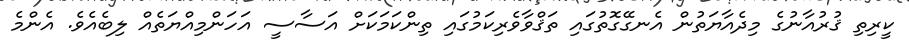
ކީރިތި ޤުރުއާނުގެ މިދެއާޔަތުން އެނގޭގޮތުގައި ތަޤްވާވެރިކަމުގައި ތިންކަމަކަށް އަސާސީ އަހަންމިއްޔަތެއް ލިބެއެވެ. އެންމެ